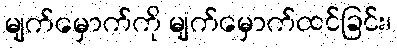
မျက်မှောက်ကို မျက်မှောက်ထင်ခြင်း၊